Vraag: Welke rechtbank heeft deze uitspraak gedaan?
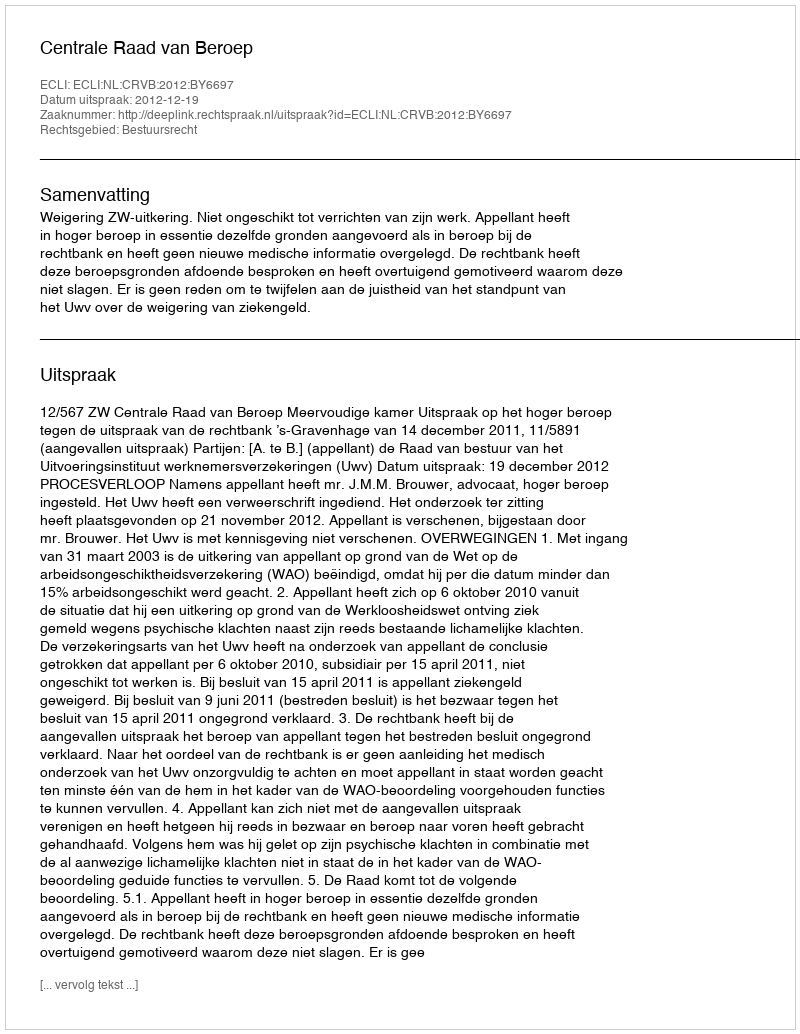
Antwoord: Centrale Raad van Beroep